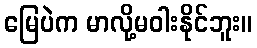
မြေပဲက မာလို့မဝါးနိုင်ဘူး။